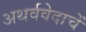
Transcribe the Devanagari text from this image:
अथर्ववेदाचें